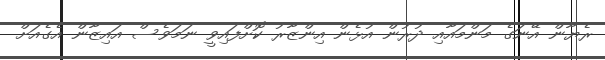
ރެޔާން އޭނަގެ މަންމައާއި ދުރުން އުޅެން އިންޒާރު ކޮށްފައިވީ ނަމަވެސް އައިޒާން އެގެއަށް